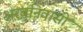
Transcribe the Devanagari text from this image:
अरबनिवासी